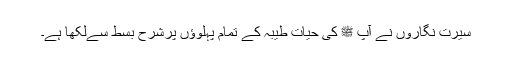
سیرت نگاروں نے آپ ﷺ کی حیات طیبہ کے تمام پہلوؤں پرشرح بسط سےلکھا ہے۔